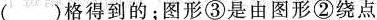
( )格得到的；图形③是由图形②绕点